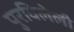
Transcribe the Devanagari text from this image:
पुरविलेली